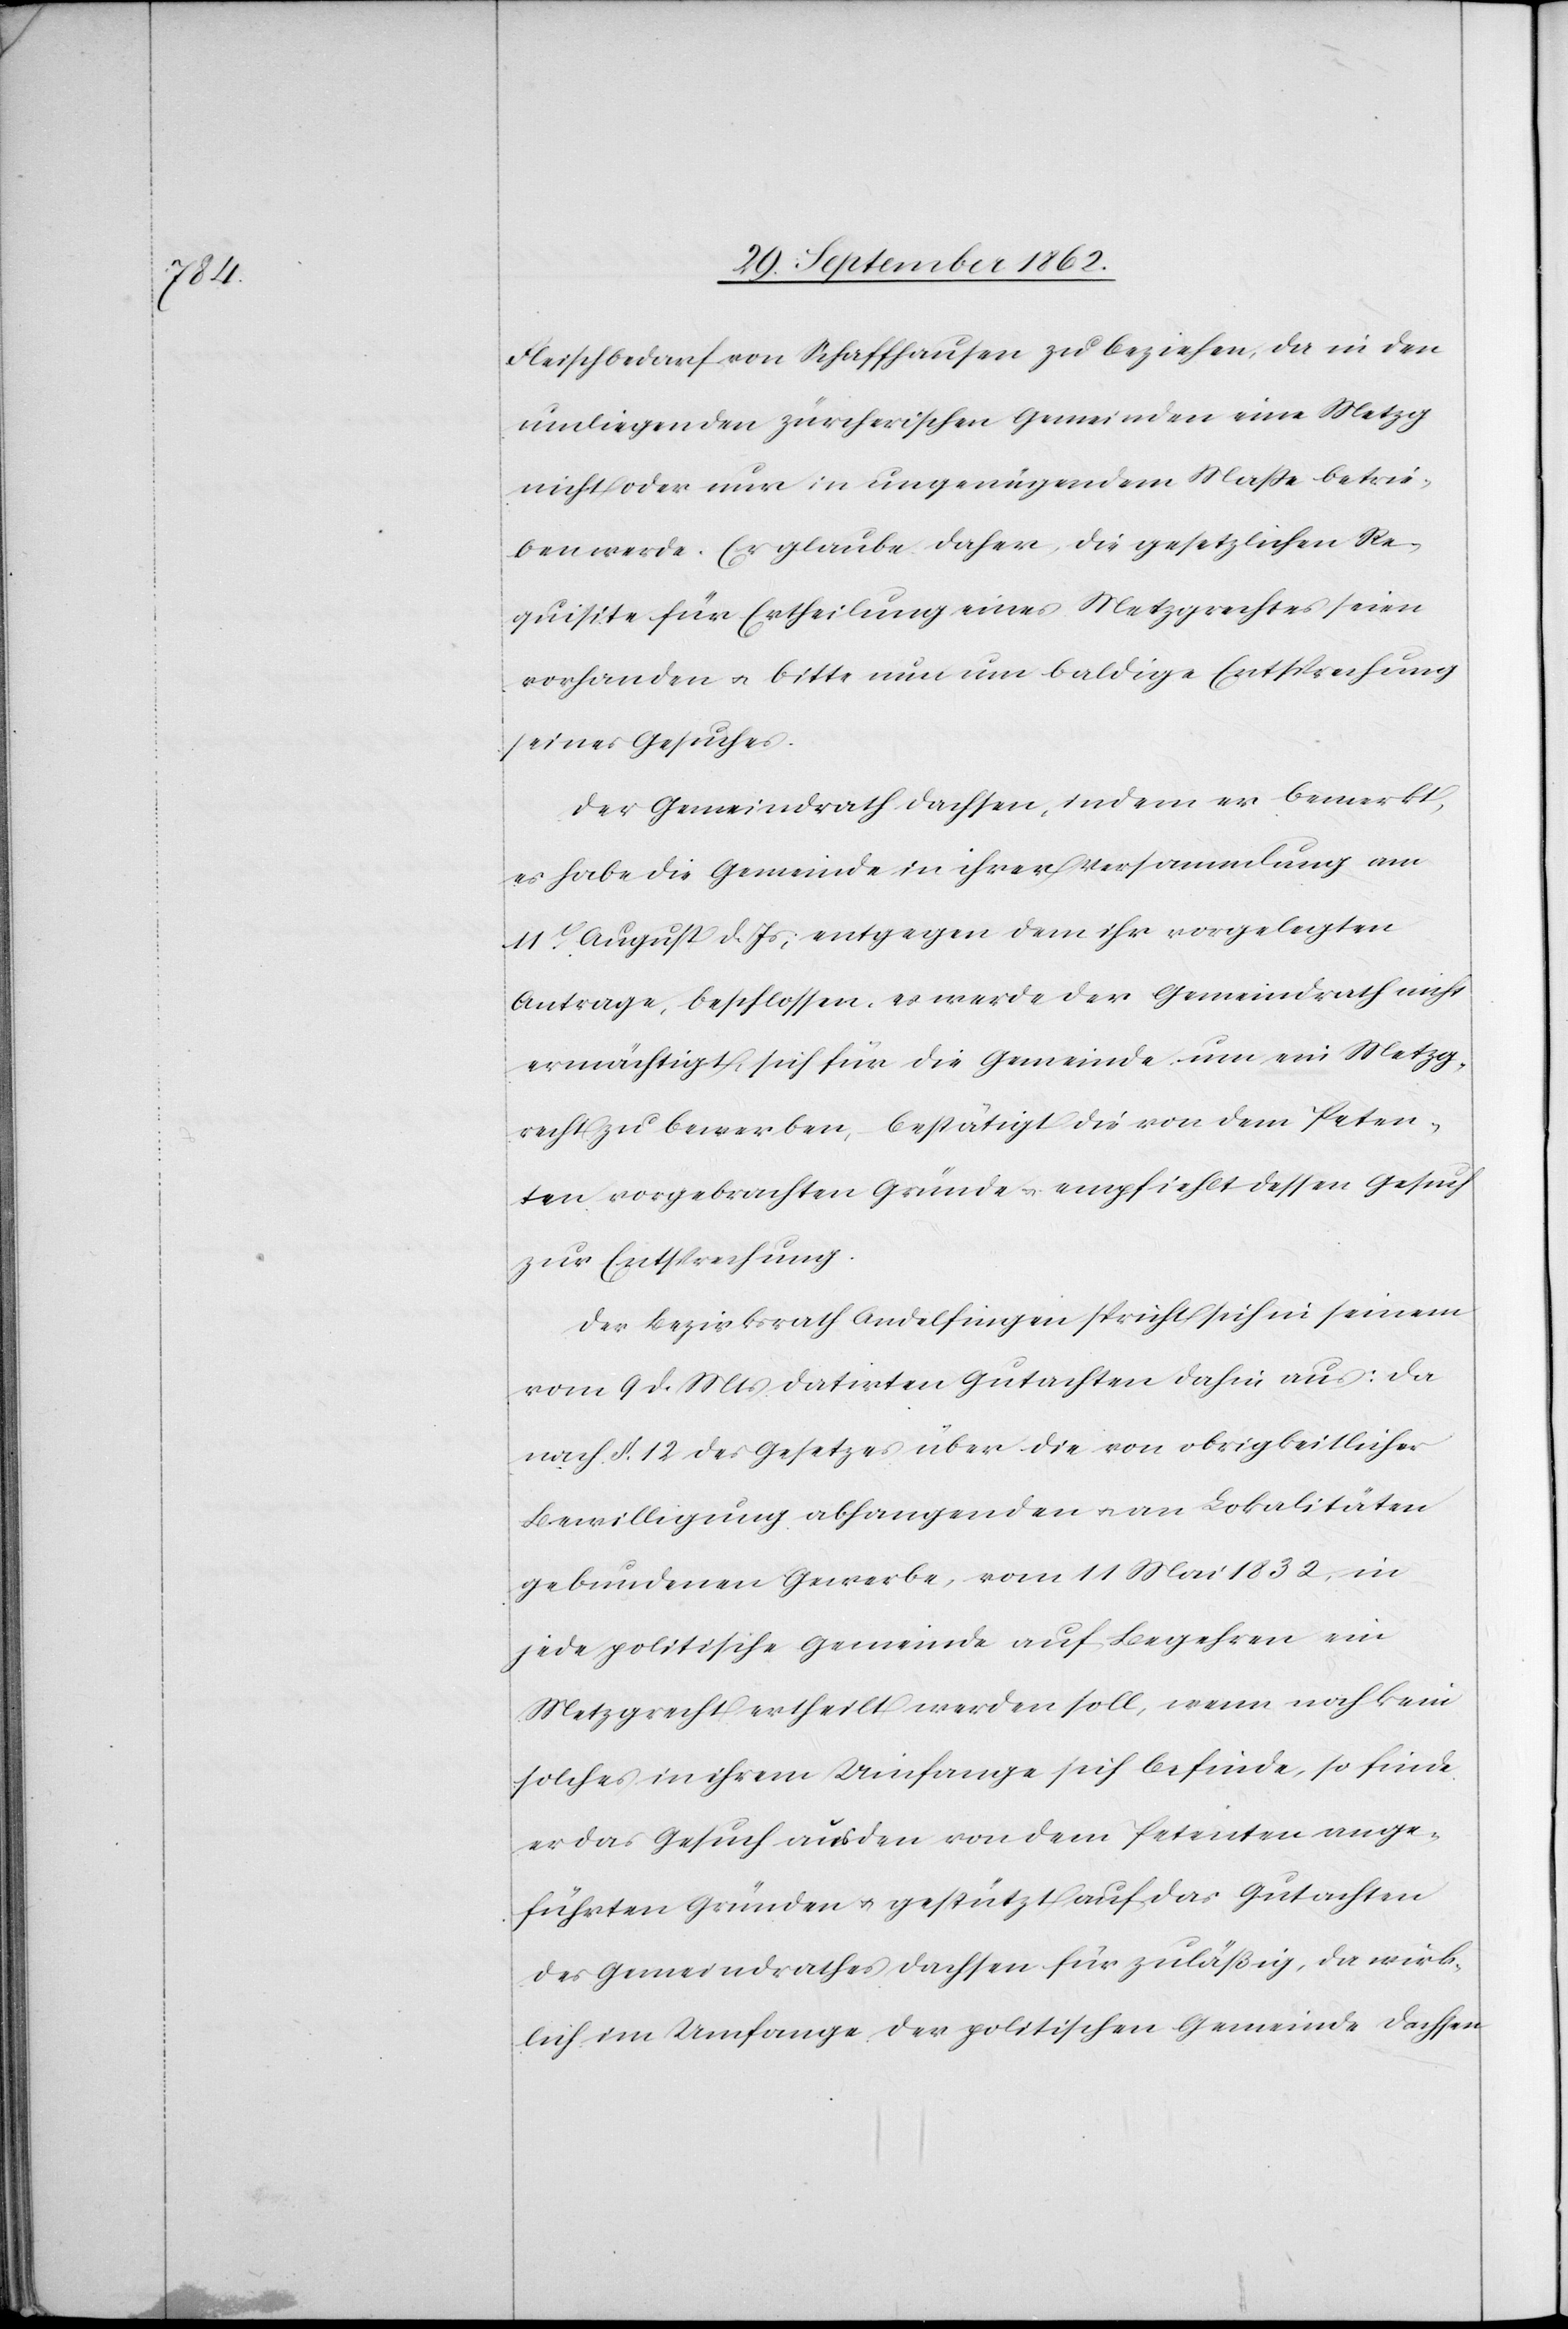
11t

Fleischbedarf von Schaffhausen zu beziehen, da in den
umliegenden zürcherischen Gemeinden eine Metzg
nicht oder nur in ungenügendem Maße betrie¬
ben werde. Er glaube daher, die gesetzlichen Re¬
quisite für die Ertheilung eines Metzgrechtes seien
vorhanden u. bitte nun um baldige Entsprechung
seines Gesuches.
Der Gemeindrath Dachsen, indem er bemerkt,
es habe die Gemeinde in ihrer Versammlung am
ermächtigt, sich für die Gemeinde um ein Metzg¬
recht zu bewerben, bestätigt die von dem Peten¬
ten vorgebrachten Gründe u. empfiehlt dessen Gesuch
zur Entsprechung.
Der Bezirksrath Andelfingen spricht sich in seinem
vom 9. d. Mts. datirten Gutachten dahin aus: da
nach §. 12 des Gesetzes über die von obrigkeitlicher
Bewilligung abhangenden u. an Lokalitäten
gebundenen Gewerbe, vom 11. Mai 1832, in
jede politische Gemeinde auf Begehren ein
Metzgrecht ertheilt werden soll, wenn noch kein
solches in ihrem Umfange sich befinde, so finde
er das Gesuch aus den von dem Petenten ange¬
führten Gründen u. gestützt auf das Gutachten
des Gemeindrathes Dachsen für zuläßig, da wirk¬
lich im Umfange der politischen Gemeinde Dachsen